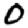
Digit: 0